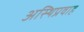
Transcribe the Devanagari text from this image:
अस्थिप्रवाह